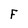
Character: F